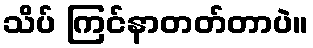
သိပ် ကြင်နာတတ်တာပဲ။